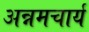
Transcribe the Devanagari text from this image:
अन्नमचार्य